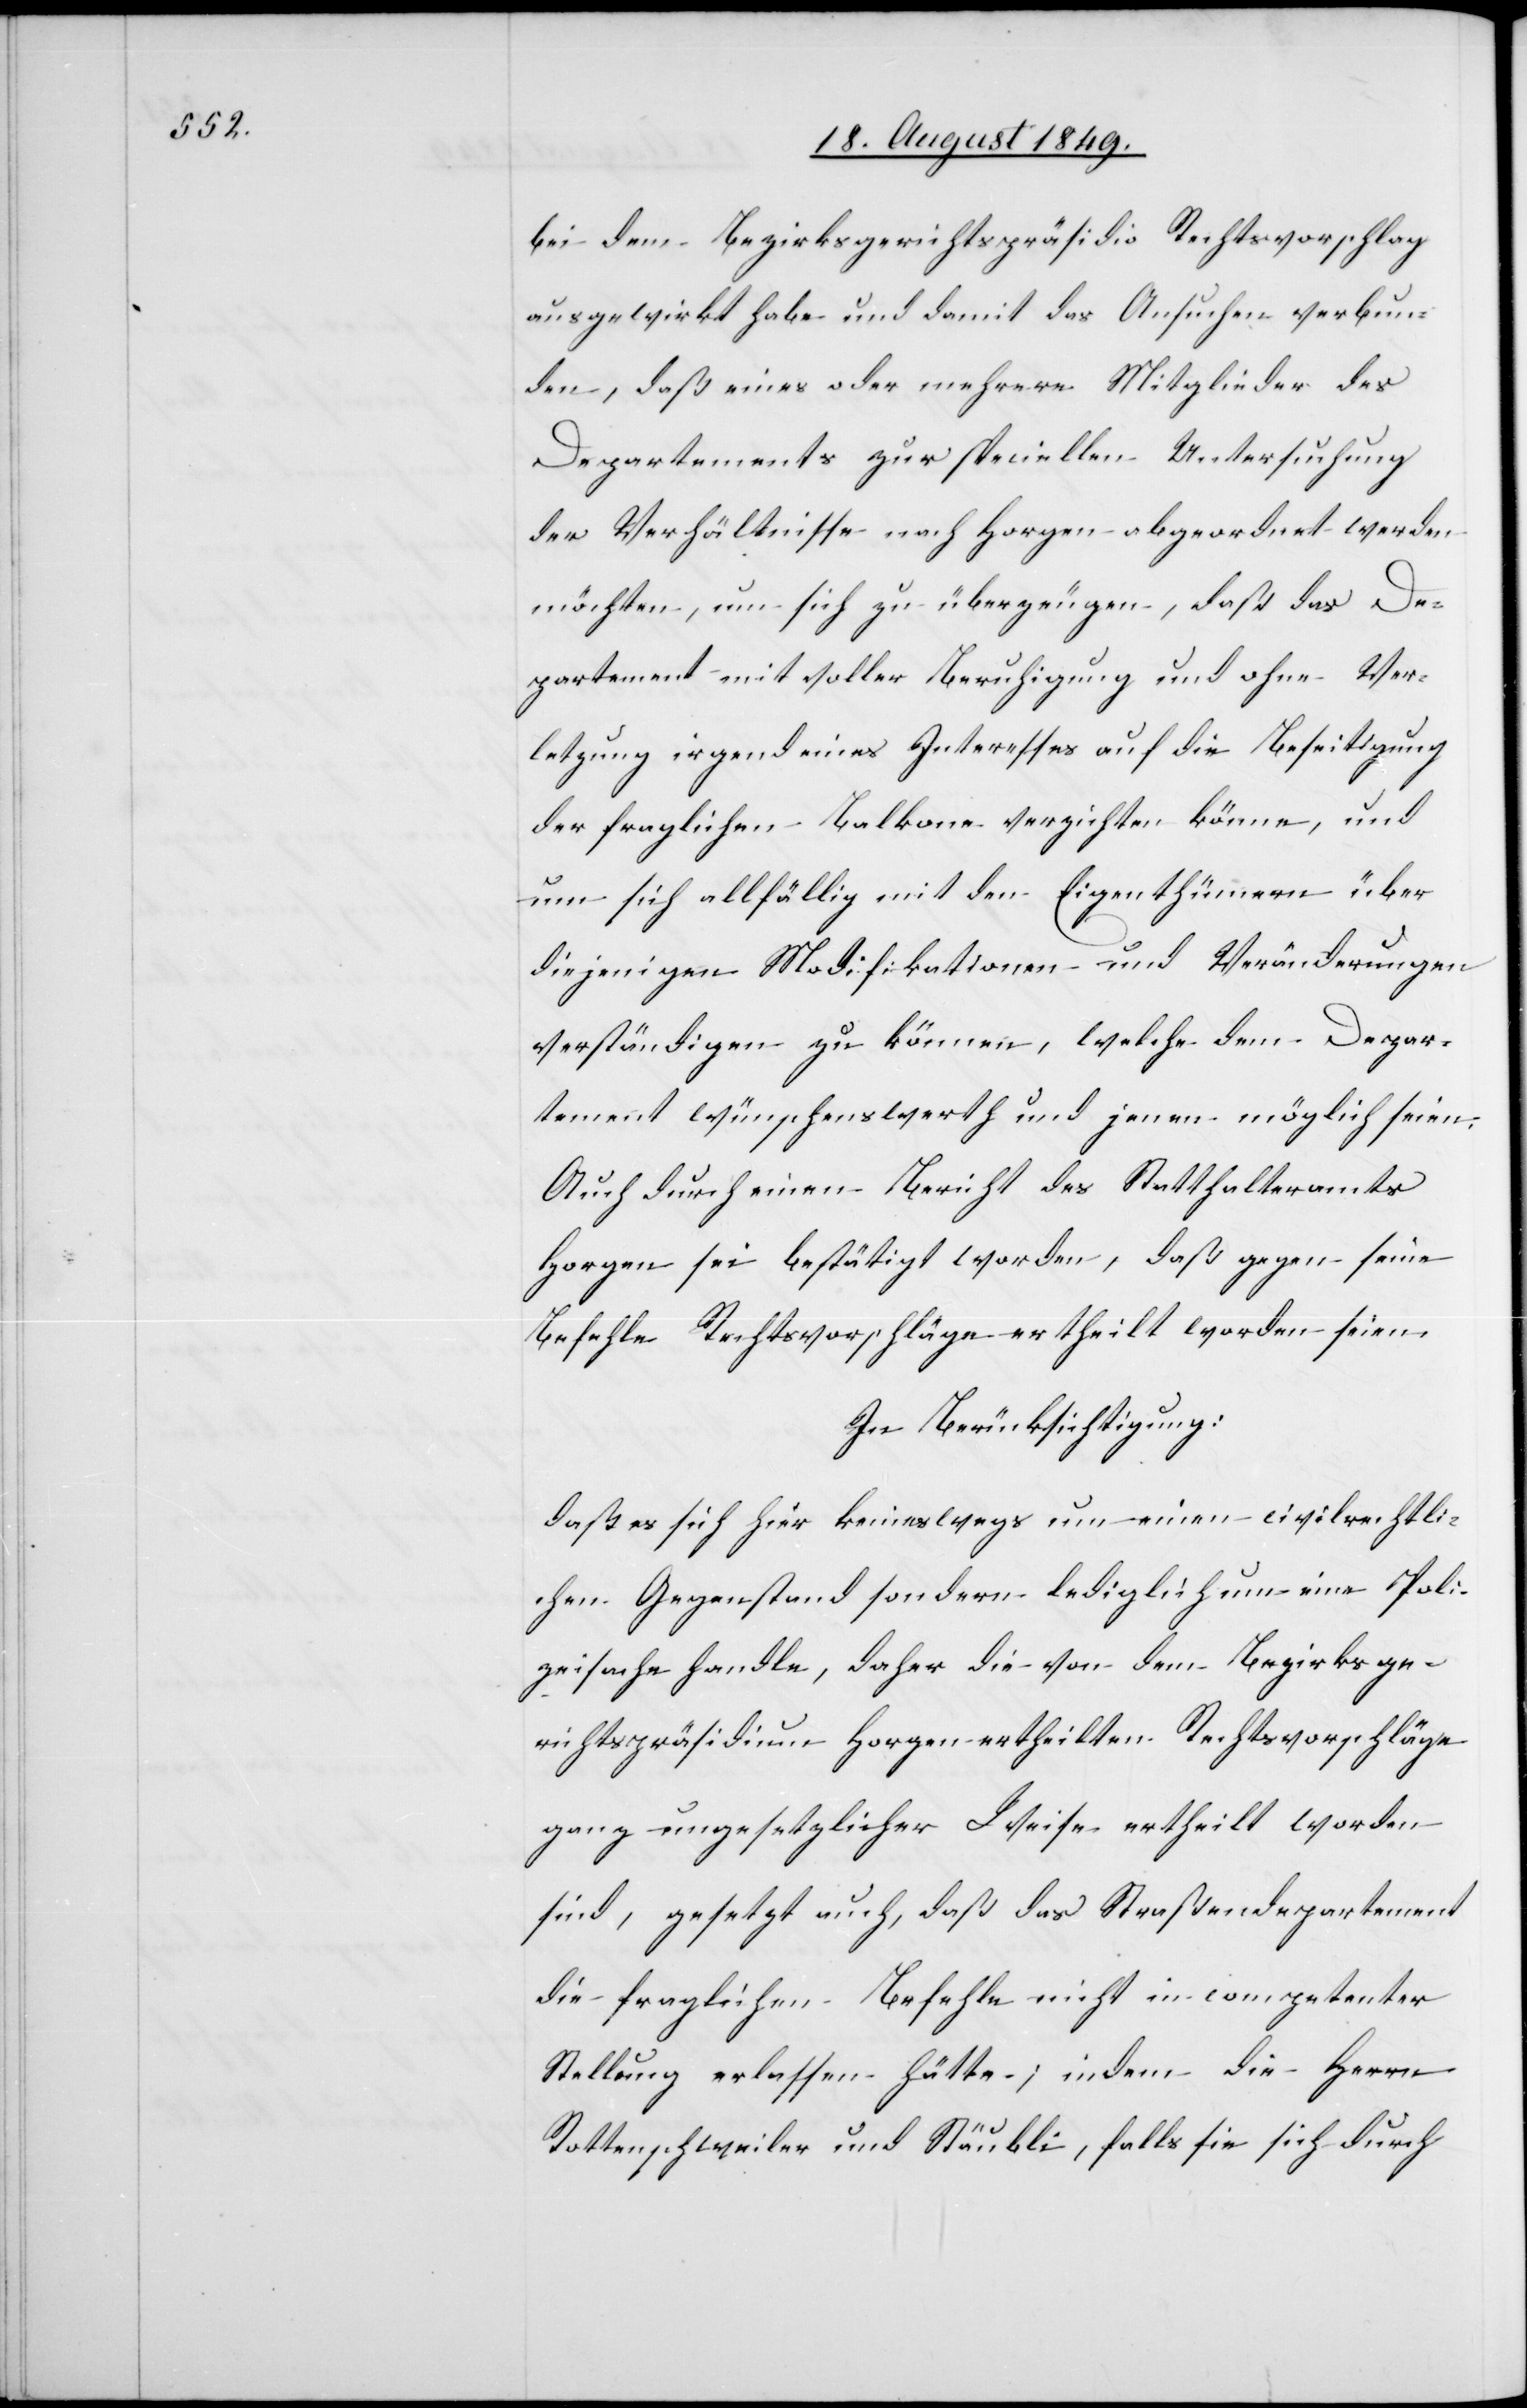
bei dem Bezirksgerichtspräsidio Rechtsvorschlag
ausgewirkt habe und damit das Ansuchen verbun¬
den, daß eines oder mehrere Mitglieder des
Departements zur speciellen Untersuchung
der Verhältnisse nach Horgen abgeordnet werden
möchten, um sich zu überzeugen, daß das De¬
partement mit voller Beruhigung und ohne Ver¬
letzung irgend eines Interesses auf die Beseitigung
der fraglichen Balkone verzichten könne, und
um sich allfällig mit den Eigenthümern über
diejenigen Modifikationen und Veränderungen
verständigen zu können, welche dem Depar¬
tement wünschenswerth und jenen möglich seien.
Auch durch einen Bericht des Statthalteramts
Horgen sei bestätigt worden, daß gegen seine
Befehle Rechtsvorschläge ertheilt worden seien,
In Berücksichtigung:
daß es sich hier keineswegs um einen civilrechtli¬
chen Gegenstand sondern lediglich um eine Poli¬
zeisache handle, daher die von dem Bezirksge¬
richtspräsidium Horgen ertheilten Rechtsvorschläge
ganz ungesetzlicher Weise ertheilt worden
sind, gesetzt auch, daß das Straßendepartement
die fraglichen Befehle nicht in competenter
Stellung erlassen hätte; indem die Herrn
Rottenschweiler und Stäubli, falls sie sich durch